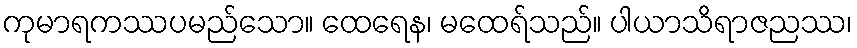
ကုမာရကဿပမည်သော။ ထေရေန၊ မထေရ်သည်။ ပါယာသိရာဇညဿ၊